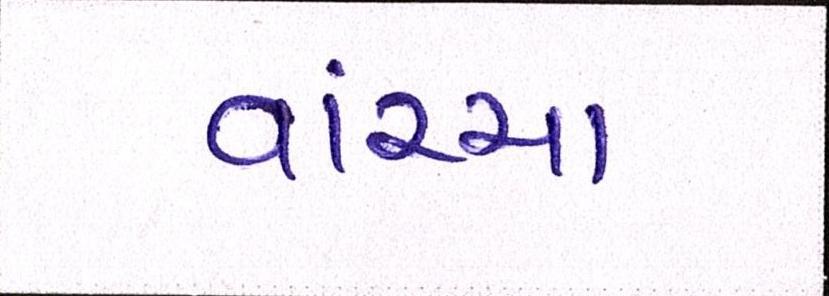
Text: વાંચ્યા